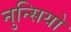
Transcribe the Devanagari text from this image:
नुन्सियो